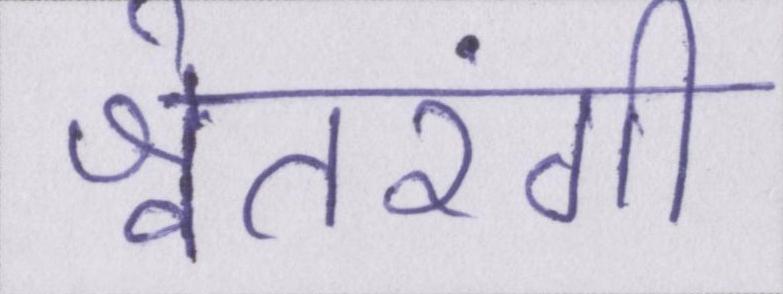
श्वेतरंगी